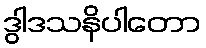
ဒွါဒသနိပါတော